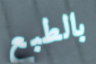
بالطبع